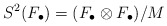
\begin{align*}S^2(F_{\bullet})=(F_{\bullet} \otimes F_{\bullet})/M\end{align*}